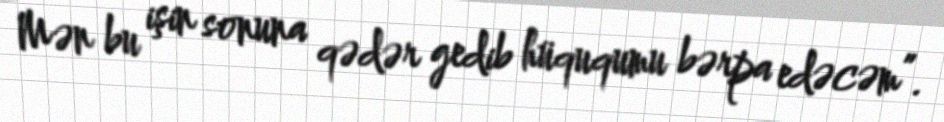
Mən bu işin sonuna qədər gedib hüququmu bərpa edəcəm”.